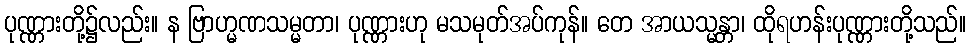
ပုဏ္ဏားတို့၌လည်း။ န ဗြာဟ္မဏသမ္မတာ၊ ပုဏ္ဏားဟု မသမုတ်အပ်ကုန်။ တေ အာယသ္မန္တာ၊ ထိုရဟန်းပုဏ္ဏားတို့သည်။